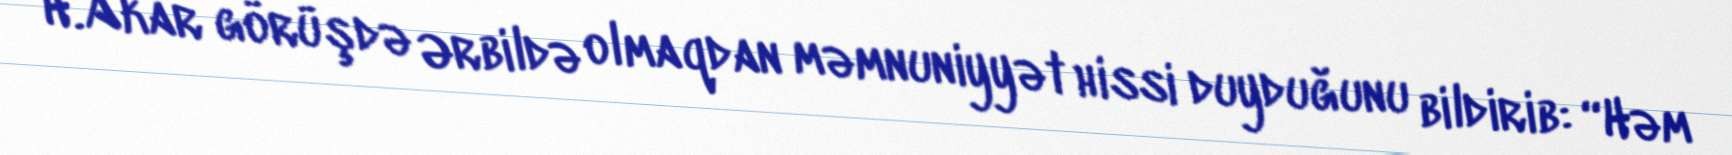
H.Akar görüşdə Ərbildə olmaqdan məmnuniyyət hissi duyduğunu bildirib: “Həm